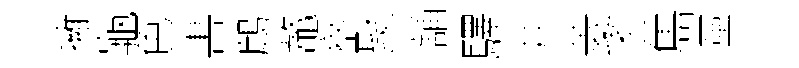
擁龜色晝鷓鼇察聚舖驛井菱遙雋灙